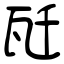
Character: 瓩